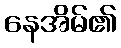
နေအိမ်၏